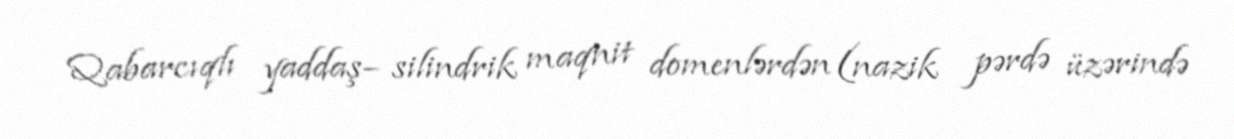
Qabarcıqlı yaddaş– silindrik maqnit domenlərdən (nazik pərdə üzərində